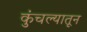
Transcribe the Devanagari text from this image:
कुंचल्यातून